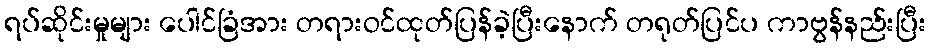
ရပ်ဆိုင်းမှုများ ပေါင်ခြံအား တရားဝင်ထုတ်ပြန်ခဲ့ပြီးနောက် တရုတ်ပြင်ပ ကာဗွန်နည်းပြီး